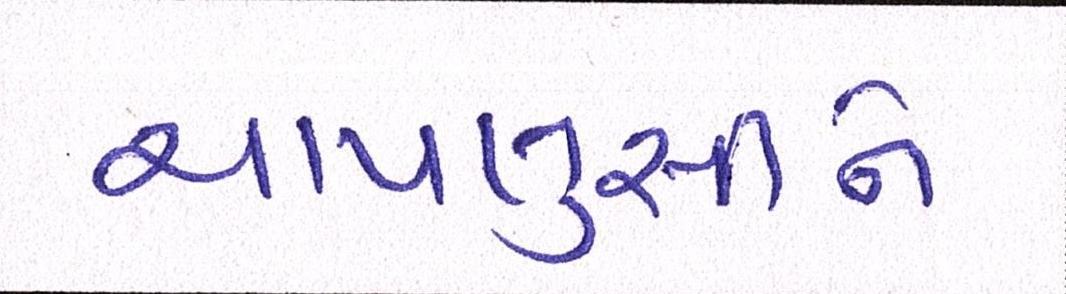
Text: ચાપલુસીને